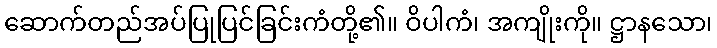
ဆောက်တည်အပ်ပြုပြင်ခြင်းကံတို့၏။ ဝိပါကံ၊ အကျိုးကို။ ဋ္ဌာနသော၊